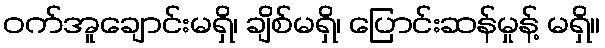
ဝက်အူချောင်းမရှိ၊ ချိစ်မရှိ၊ ပြောင်းဆန်မှုန့် မရှိ။